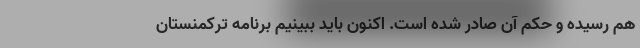
هم رسیده و حکم آن صادر شده است. اکنون باید ببینیم برنامه ترکمنستان